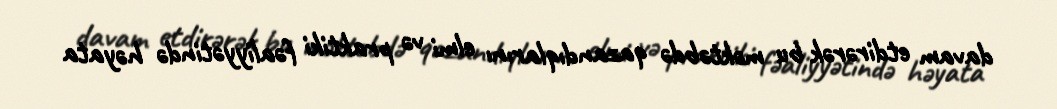
davam etdirərək bu məktəbdə qazandıqlarını elmi və praktiki fəaliyyətində həyata